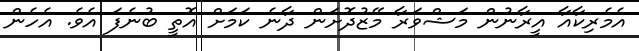
އެމެރިކާއާ އީރާނުން މަޝްވަރާ މޭޒުދޮށަން ދާނެ ކަމަށް އޮތީ ބުނެފަ އެވެ. އެހެން